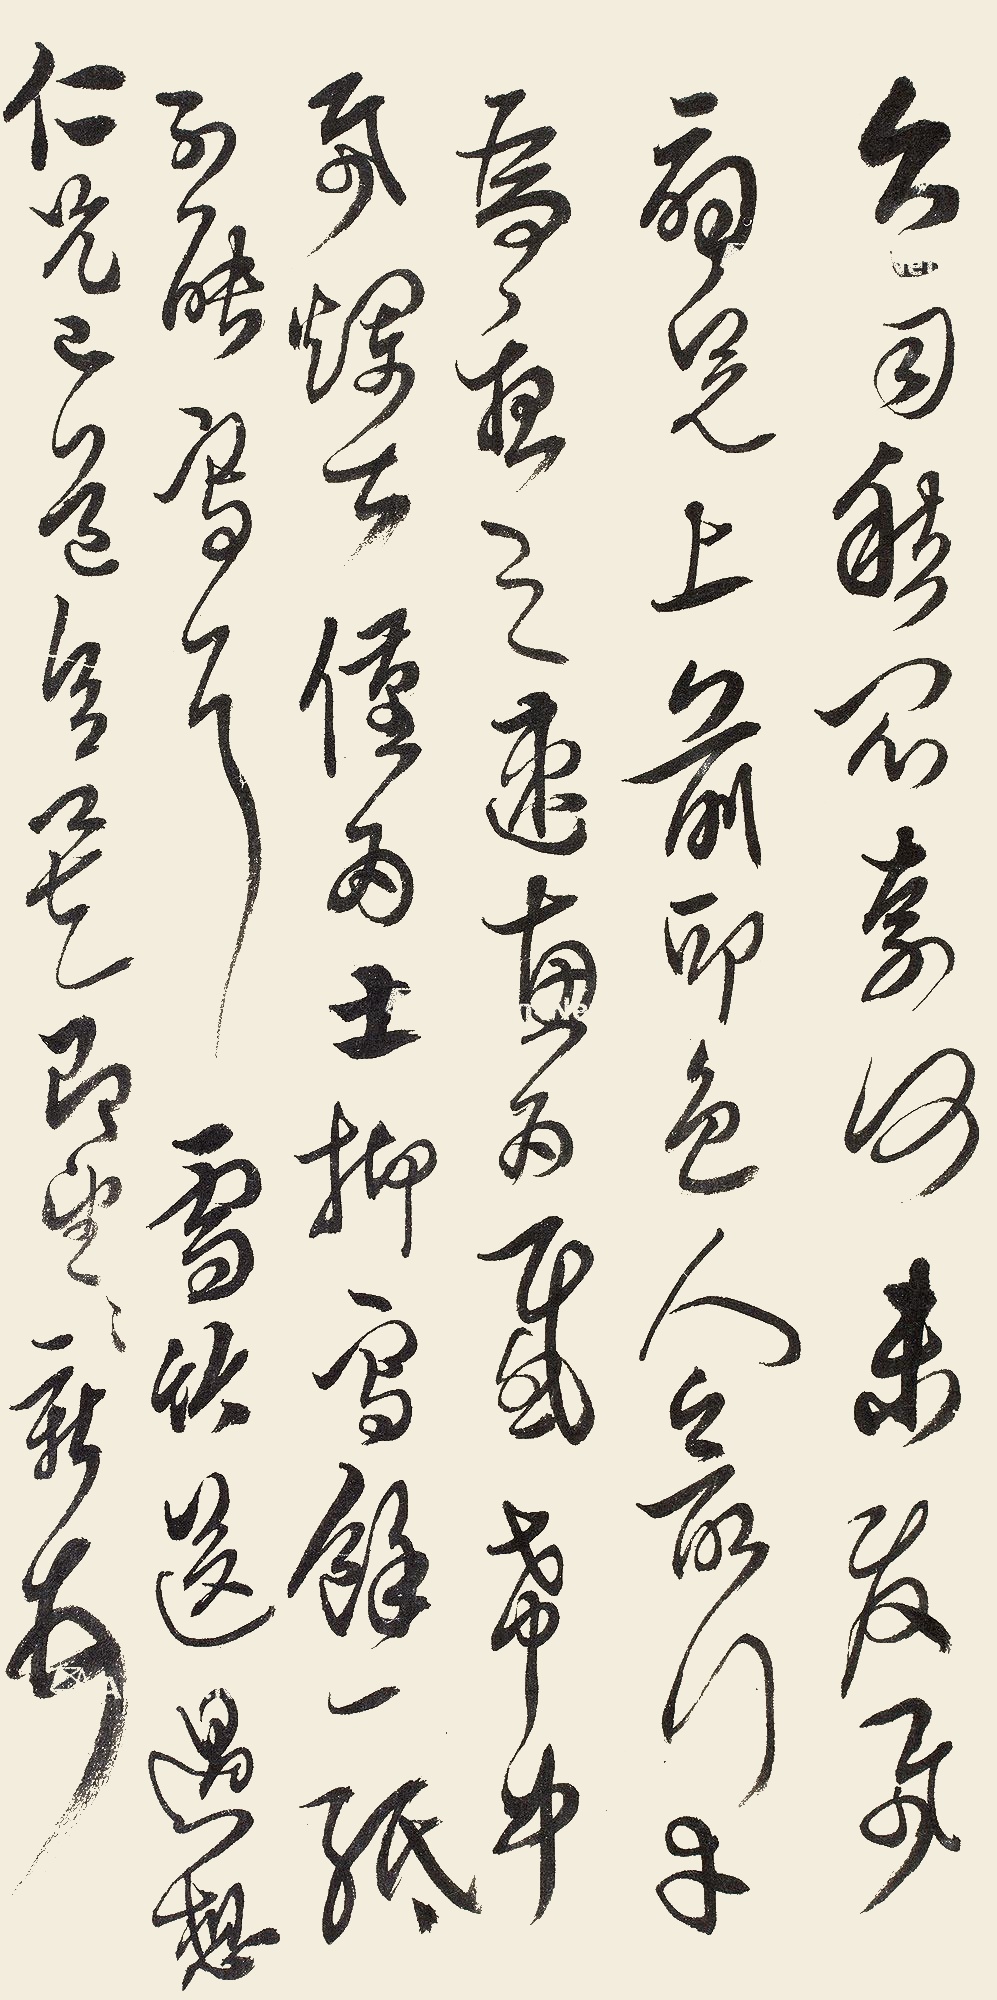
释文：久雨愁闷，奈何，未发纸扇呈上，前印色人之所行，幸为□之，速惠为感，希中纸烂甚，仅为士仰写余一纸，不能写耳，雪竹送过，想仁兄己道意矣，即望即望。新顿首。